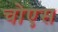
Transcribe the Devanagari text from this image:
चोएस